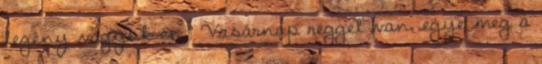
legény vagyok én.” Vasárnap reggel van, egye meg a